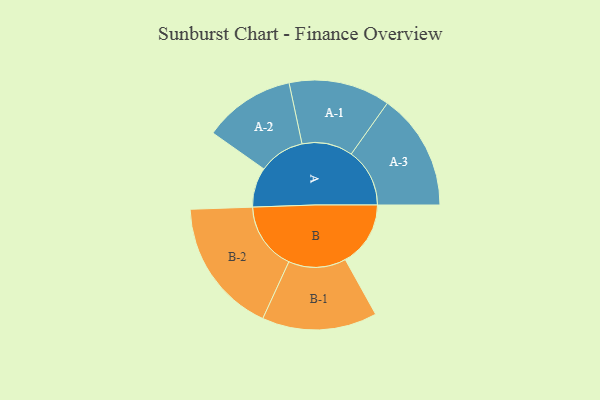
{"axis": {"x": "Segment", "y": "Value"}, "legend": ["", "A", "B"], "data": [{"x": "A", "y": 170, "type": ""}, {"x": "B", "y": 279, "type": ""}, {"x": "A-1", "y": 217, "type": "A"}, {"x": "A-2", "y": 196, "type": "A"}, {"x": "A-3", "y": 250, "type": "A"}, {"x": "B-1", "y": 246, "type": "B"}, {"x": "B-2", "y": 290, "type": "B"}]}